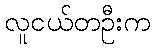
လူငယ်တဦးက